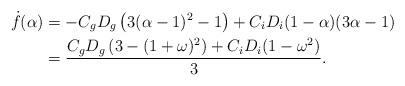
LaTeX: \begin{align*}\begin{aligned}\dot{f}(\alpha)&=-C_gD_g\left(3(\alpha-1)^2-1\right)+C_iD_i(1-\alpha)(3\alpha-1)\\&= \frac{C_gD_g\left(3-(1+\omega)^2\right)+C_iD_i(1-\omega^2)}{3}.\end{aligned}\end{align*}